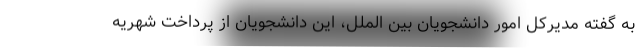
به گفته مدیرکل امور دانشجویان بین الملل، این دانشجویان از پرداخت شهریه